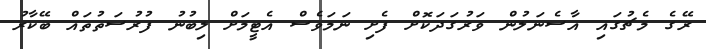
ރޭގެ މެޗުގައި އާސެނަލުން ވަރުގަދަކޮށް ފެށި ނަމަވެސް އެޓީމަށް ލިބުނު ފުރުސަތުތައް ބޭކާރު